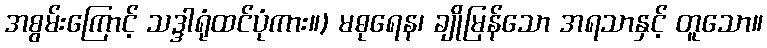
အစွမ်းကြောင့် သဒ္ဒါရုံထင်ပုံကား။) မဓုရေန၊ ချိုမြန်သော အရသာနှင့် တူသော။